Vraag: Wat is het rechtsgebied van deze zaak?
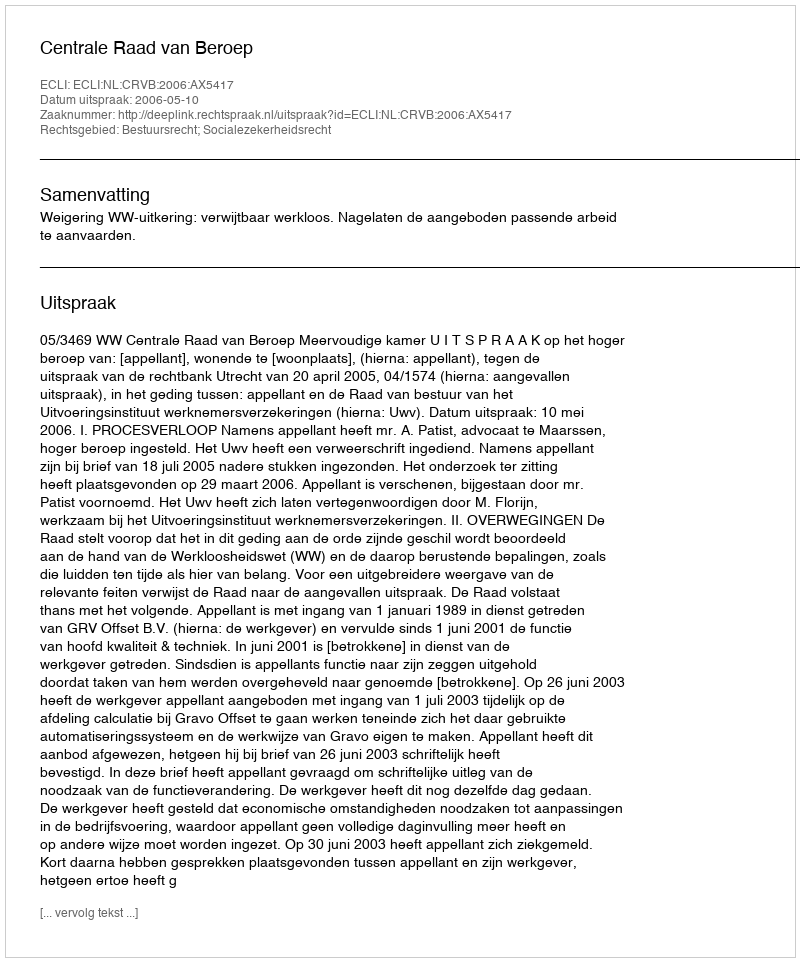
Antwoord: Bestuursrecht; Socialezekerheidsrecht